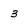
Character: 3